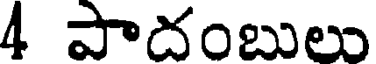
4 పాదంబులు